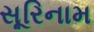
સૂરિનામ